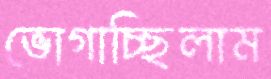
ভোগাচ্ছিলাম